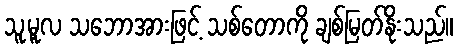
သူ့မူလ သဘောအားဖြင့် သစ်တောကို ချစ်မြတ်နိုးသည်။